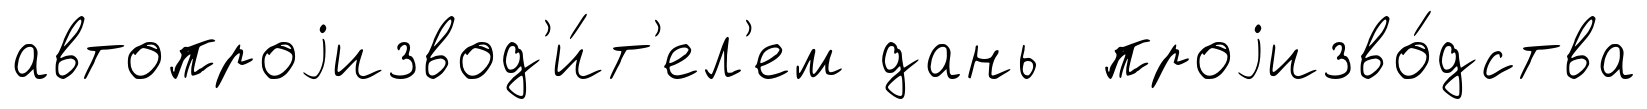
автопроjизвод'и́т'ел'ем дань проjизво́дства